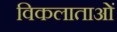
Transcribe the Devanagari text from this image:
विकलाताओं